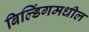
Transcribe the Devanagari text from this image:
बिल्डिंगमधील